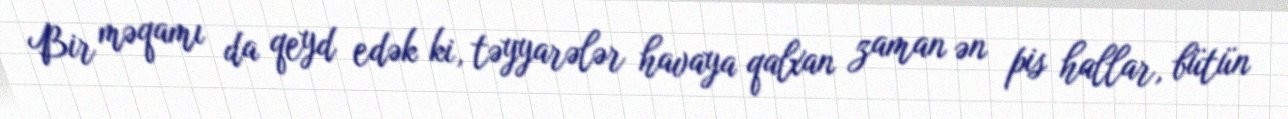
Bir məqamı da qeyd edək ki, təyyarələr havaya qalxan zaman ən pis hallar, bütün